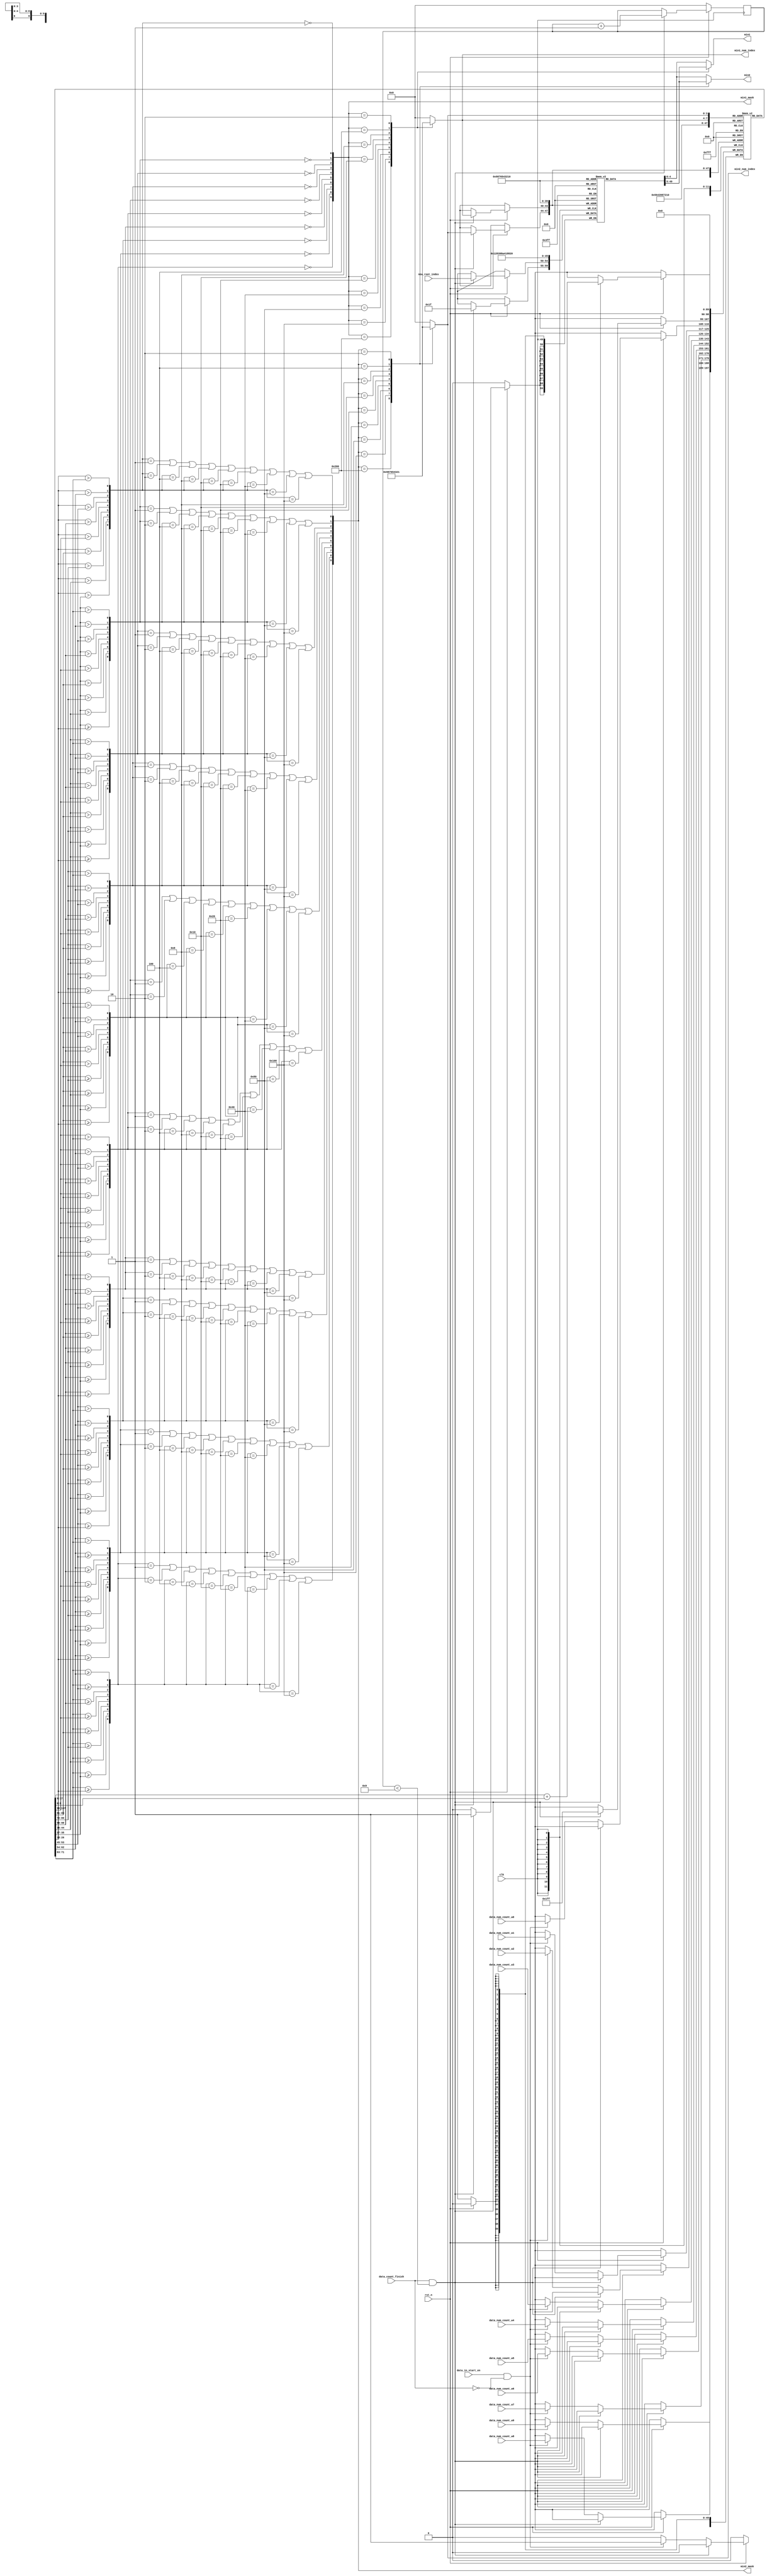
`timescale 1ns / 1ps
//////////////////////////////////////////////////////////////////////////////////
// Company: 
// Engineer: 
// 
// Design Name: 
// Module Name: select_2min
// Project Name: 
// Target Devices: 
// Tool Versions: 
// Description: 
// 
// Dependencies: 
// 
// Revision:
// Revision 0.01 - File Created
// Additional Comments:
// 
//////////////////////////////////////////////////////////////////////////////////


module select_2min(
    input clk,
    input rst_n,
    input data_in_start_en,
    input data_count_finish,
    
    input [8:0]data_num_count_w9,   //9 
    input [8:0]data_num_count_w8,
    input [8:0]data_num_count_w7,
    input [8:0]data_num_count_w6,
    input [8:0]data_num_count_w5,
    input [8:0]data_num_count_w4,
    input [8:0]data_num_count_w3,
    input [8:0]data_num_count_w2,
    input [8:0]data_num_count_w1,
    input [8:0]data_num_count_w0,
    
    input [4:0] new_root_index, //
    
//    output [8:0]nummem_0,
//    output [8:0]nummem_1,
//    output [8:0]nummem_2,
//    output [8:0]nummem_3,
//    output [8:0]nummem_4,
//    output [8:0]nummem_5,
//    output [8:0]nummem_6,
//    output [8:0]nummem_7,
//    output [8:0]nummem_8,
//    output [8:0]nummem_9,
    output reg [3:0] min1_num_index,
    output reg [3:0] min2_num_index,
    output [9:0] min1_mask,
    output [9:0] min2_mask,
    output reg [4:0]min1,
    output reg [4:0]min2

    );
    
    reg [8:0] freqMem [9:0];
    reg [4:0] numMem [9:0];
    wire [8:0] new_freq;
    wire [4:0] num_max;
    wire [8:0] freq_max;
    reg init = 0; //
    reg [3:0] code_count = 4'b0000;   //

    wire [8:0] comp_0;  //  //1bit
    wire [8:0] comp_1;
    wire [8:0] comp_2;
    wire [8:0] comp_3;
    wire [8:0] comp_4;
    wire [8:0] comp_5;
    wire [8:0] comp_6;
    wire [8:0] comp_7;
    wire [8:0] comp_8;
    wire [8:0] comp_9;
    
    assign new_freq = freqMem[min1_num_index]+freqMem[min2_num_index];
    assign num_max = 5'b11111;
    assign freq_max = 9'b1111_11111;
    //
    assign comp_0 = {(freqMem[0] > freqMem[1]), (freqMem[0] > freqMem[2]), (freqMem[0] > freqMem[3]),
                     (freqMem[0] > freqMem[4]), (freqMem[0] > freqMem[5]), (freqMem[0] > freqMem[6]),
                     (freqMem[0] > freqMem[7]), (freqMem[0] > freqMem[8]), (freqMem[0] > freqMem[9])};
    assign comp_1 = {(freqMem[1] >= freqMem[0]), (freqMem[1] > freqMem[2]), (freqMem[1] > freqMem[3]), 
                     (freqMem[1] > freqMem[4]), (freqMem[1] > freqMem[5]), (freqMem[1] > freqMem[6]),
                     (freqMem[1] > freqMem[7]), (freqMem[1] > freqMem[8]), (freqMem[1] > freqMem[9])};
    assign comp_2 = {(freqMem[2] >= freqMem[0]), (freqMem[2] >= freqMem[1]), (freqMem[2] > freqMem[3]), 
                     (freqMem[2] > freqMem[4]), (freqMem[2] > freqMem[5]), (freqMem[2] > freqMem[6]),
                     (freqMem[2] > freqMem[7]), (freqMem[2] > freqMem[8]), (freqMem[2] > freqMem[9])};
    assign comp_3 = {(freqMem[3] >= freqMem[0]), (freqMem[3] >= freqMem[1]), (freqMem[3] >= freqMem[2]),
                     (freqMem[3] > freqMem[4]), (freqMem[3] > freqMem[5]), (freqMem[3] > freqMem[6]),
                     (freqMem[3] > freqMem[7]), (freqMem[3] > freqMem[8]), (freqMem[3] > freqMem[9])};
    assign comp_4 = {(freqMem[4] >= freqMem[0]), (freqMem[4] >= freqMem[1]), (freqMem[4] >= freqMem[2]), 
                     (freqMem[4] >= freqMem[3]), (freqMem[4] > freqMem[5]), (freqMem[4] > freqMem[6]),
                     (freqMem[4] > freqMem[7]), (freqMem[4] > freqMem[8]), (freqMem[4] > freqMem[9])};
    assign comp_5 = {(freqMem[5] >= freqMem[0]), (freqMem[5] >= freqMem[1]), (freqMem[5] >= freqMem[2]), 
                     (freqMem[5] >= freqMem[3]), (freqMem[5] >= freqMem[4]), (freqMem[5] > freqMem[6]),
                     (freqMem[5] > freqMem[7]), (freqMem[5] > freqMem[8]), (freqMem[5] > freqMem[9])};
    assign comp_6 = {(freqMem[6] >= freqMem[0]), (freqMem[6] >= freqMem[1]), (freqMem[6] >= freqMem[2]), 
                     (freqMem[6] >= freqMem[3]), (freqMem[6] >= freqMem[4]), (freqMem[6] >= freqMem[5]),
                     (freqMem[6] > freqMem[7]), (freqMem[6] > freqMem[8]), (freqMem[6] > freqMem[9])};
    assign comp_7 = {(freqMem[7] >= freqMem[0]), (freqMem[7] >= freqMem[1]), (freqMem[7] >= freqMem[2]), 
                     (freqMem[7] >= freqMem[3]), (freqMem[7] >= freqMem[4]), (freqMem[7] >= freqMem[5]),
                     (freqMem[7] >= freqMem[6]), (freqMem[7] > freqMem[8]), (freqMem[7] > freqMem[9])};
    assign comp_8 = {(freqMem[8] >= freqMem[0]), (freqMem[8] >= freqMem[1]), (freqMem[8] >= freqMem[2]), 
                     (freqMem[8] >= freqMem[3]), (freqMem[8] >= freqMem[4]), (freqMem[8] >= freqMem[5]),
                     (freqMem[8] >= freqMem[6]), (freqMem[8] >= freqMem[7]), (freqMem[8] > freqMem[9])};
    assign comp_9 = {(freqMem[9] >= freqMem[0]), (freqMem[9] >= freqMem[1]), (freqMem[9] >= freqMem[2]), 
                     (freqMem[9] >= freqMem[3]), (freqMem[9] >= freqMem[4]), (freqMem[9] >= freqMem[5]),
                     (freqMem[9] >= freqMem[6]), (freqMem[9] >= freqMem[7]), (freqMem[9] >= freqMem[8])};
    
//    assign min1_mask = {(comp_9==9'd0)?1'b1:1'b0,(comp_8==9'd0)?1'b1:1'b0,(comp_7==9'd0)?1'b1:1'b0,(comp_6==9'd0)?1'b1:1'b0,(comp_5==9'd0)?1'b1:1'b0,
//                      (comp_4==9'd0)?1'b1:1'b0,(comp_3==9'd0)?1'b1:1'b0,(comp_2==9'd0)?1'b1:1'b0,(comp_1==9'd0)?1'b1:1'b0,(comp_0==9'd0)?1'b1:1'b0};
    
     assign min1_mask = {(comp_9==9'd0),(comp_8==9'd0),(comp_7==9'd0),(comp_6==9'd0),(comp_5==9'd0),
                      (comp_4==9'd0),(comp_3==9'd0),(comp_2==9'd0),(comp_1==9'd0),(comp_0==9'd0)};
    
     assign min2_mask = {((comp_9==9'd1)||(comp_9==9'd2)||(comp_9==9'd4)||(comp_9==9'd8)||(comp_9==9'd16)||
                         (comp_9==9'd32)||(comp_9==9'd64)||(comp_9==9'd128)||(comp_9==9'd256)),
                         ((comp_8==9'd1)||(comp_8==9'd2)||(comp_8==9'd4)||(comp_8==9'd8)||(comp_8==9'd16)||
                         (comp_8==9'd32)||(comp_8==9'd64)||(comp_8==9'd128)||(comp_8==9'd256)),
                         ((comp_7==9'd1)||(comp_7==9'd2)||(comp_7==9'd4)||(comp_7==9'd8)||(comp_7==9'd16)||
                         (comp_7==9'd32)||(comp_7==9'd64)||(comp_7==9'd128)||(comp_7==9'd256)),
                         ((comp_6==9'd1)||(comp_6==9'd2)||(comp_6==9'd4)||(comp_6==9'd8)||(comp_6==9'd16)||
                         (comp_6==9'd32)||(comp_6==9'd64)||(comp_6==9'd128)||(comp_6==9'd256)),
                         ((comp_5==9'd1)||(comp_5==9'd2)||(comp_5==9'd4)||(comp_5==9'd8)||(comp_5==9'd16)||
                         (comp_5==9'd32)||(comp_5==9'd64)||(comp_5==9'd128)||(comp_5==9'd256)),
                         ((comp_4==9'd1)||(comp_4==9'd2)||(comp_4==9'd4)||(comp_4==9'd8)||(comp_4==9'd16)||
                         (comp_4==9'd32)||(comp_4==9'd64)||(comp_4==9'd128)||(comp_4==9'd256)),
                         ((comp_3==9'd1)||(comp_3==9'd2)||(comp_3==9'd4)||(comp_3==9'd8)||(comp_3==9'd16)||
                         (comp_3==9'd32)||(comp_3==9'd64)||(comp_3==9'd128)||(comp_3==9'd256)),
                         ((comp_2==9'd1)||(comp_2==9'd2)||(comp_2==9'd4)||(comp_2==9'd8)||(comp_2==9'd16)||
                         (comp_2==9'd32)||(comp_2==9'd64)||(comp_2==9'd128)||(comp_2==9'd256)),
                         ((comp_1==9'd1)||(comp_1==9'd2)||(comp_1==9'd4)||(comp_1==9'd8)||(comp_1==9'd16)||
                         (comp_1==9'd32)||(comp_1==9'd64)||(comp_1==9'd128)||(comp_1==9'd256)),
                         ((comp_0==9'd1)||(comp_0==9'd2)||(comp_0==9'd4)||(comp_0==9'd8)||(comp_0==9'd16)||
                         (comp_0==9'd32)||(comp_0==9'd64)||(comp_0==9'd128)||(comp_0==9'd256))};
 
                         
 
     always @(comp_0 or comp_1 or comp_2 or comp_3 or comp_4 or comp_5 or comp_6 or comp_7 or comp_8 or comp_9 or min1_mask)
     begin
         case(min1_mask)
             10'b10000_00000 : min1 <= numMem[9];
             10'b01000_00000 : min1 <= numMem[8];
             10'b00100_00000 : min1 <= numMem[7];
             10'b00010_00000 : min1 <= numMem[6];
             10'b00001_00000 : min1 <= numMem[5];
             10'b00000_10000 : min1 <= numMem[4];
             10'b00000_01000 : min1 <= numMem[3];
             10'b00000_00100 : min1 <= numMem[2];
             10'b00000_00010 : min1 <= numMem[1];
             default : min1 <= numMem[0];
         endcase
     end
     
     always @(comp_0 or comp_1 or comp_2 or comp_3 or comp_4 or comp_5 or comp_6 or comp_7 or comp_8 or comp_9 or min2_mask)
     begin
         case(min2_mask)
             10'b10000_00000 : min2 <= numMem[9];
             10'b01000_00000 : min2 <= numMem[8];
             10'b00100_00000 : min2 <= numMem[7];
             10'b00010_00000 : min2 <= numMem[6];
             10'b00001_00000 : min2 <= numMem[5];
             10'b00000_10000 : min2 <= numMem[4];
             10'b00000_01000 : min2 <= numMem[3];
             10'b00000_00100 : min2 <= numMem[2];
             10'b00000_00010 : min2 <= numMem[1];
             default : min2 <= numMem[0];
         endcase
     end
     
     always @(comp_0 or comp_1 or comp_2 or comp_3 or comp_4 or comp_5 or comp_6 or comp_7 or comp_8 or comp_9 or min1_mask)
     begin
         case(min1_mask)
             10'b10000_00000 : min1_num_index <= 4'd9;
             10'b01000_00000 : min1_num_index <= 4'd8;
             10'b00100_00000 : min1_num_index <= 4'd7;
             10'b00010_00000 : min1_num_index <= 4'd6;
             10'b00001_00000 : min1_num_index <= 4'd5;
             10'b00000_10000 : min1_num_index <= 4'd4;
             10'b00000_01000 : min1_num_index <= 4'd3;
             10'b00000_00100 : min1_num_index <= 4'd2;
             10'b00000_00010 : min1_num_index <= 4'd1;
             default : min1_num_index <= 4'd0;  
         endcase
     end
     
     always @(comp_0 or comp_1 or comp_2 or comp_3 or comp_4 or comp_5 or comp_6 or comp_7 or comp_8 or comp_9 or min2_mask)
     begin
         case(min2_mask)
             10'b10000_00000 : min2_num_index <= 4'd9;
             10'b01000_00000 : min2_num_index <= 4'd8;
             10'b00100_00000 : min2_num_index <= 4'd7;
             10'b00010_00000 : min2_num_index <= 4'd6;
             10'b00001_00000 : min2_num_index <= 4'd5;
             10'b00000_10000 : min2_num_index <= 4'd4;
             10'b00000_01000 : min2_num_index <= 4'd3;
             10'b00000_00100 : min2_num_index <= 4'd2;
             10'b00000_00010 : min2_num_index <= 4'd1;
             default : min2_num_index <= 4'd0;
         endcase
     end
    
    //
    
    always @(posedge clk)
    begin
      if(rst_n == 0)
        begin
        code_count <= 0;
        
        freqMem[0] <= 9'b000000000;
        freqMem[1] <= 9'b000000000;
        freqMem[2] <= 9'b000000000;
        freqMem[3] <= 9'b000000000;
        freqMem[4] <= 9'b000000000;
        freqMem[5] <= 9'b000000000;
        freqMem[6] <= 9'b000000000;
        freqMem[7] <= 9'b000000000;
        freqMem[8] <= 9'b000000000;
        freqMem[9] <= 9'b000000000;
          
        numMem[0] <= 5'd0;
        numMem[1] <= 5'd1;
        numMem[2] <= 5'd2;
        numMem[3] <= 5'd3;
        numMem[4] <= 5'd4;
        numMem[5] <= 5'd5;
        numMem[6] <= 5'd6;
        numMem[7] <= 5'd7;
        numMem[8] <= 5'd8;
        numMem[9] <= 5'd9;
        end
      else if(data_count_finish && code_count < 9)   //910
          begin //
            code_count <= code_count + 1'b1;
            numMem[min1_num_index]<=new_root_index;
            numMem[min2_num_index]<=num_max;
            freqMem[min1_num_index]<=new_freq;
            freqMem[min2_num_index]<=freq_max;
          end
      else if(data_in_start_en && ~data_count_finish)  //
      begin
          freqMem[0] <= data_num_count_w0;
          freqMem[1] <= data_num_count_w1;
          freqMem[2] <= data_num_count_w2;
          freqMem[3] <= data_num_count_w3;
          freqMem[4] <= data_num_count_w4;
          freqMem[5] <= data_num_count_w5;
          freqMem[6] <= data_num_count_w6;
          freqMem[7] <= data_num_count_w7;
          freqMem[8] <= data_num_count_w8;
          freqMem[9] <= data_num_count_w9;
        end
        else
        begin
            code_count <= code_count;
        end
    end
    endmodule